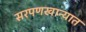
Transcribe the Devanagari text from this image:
सरपणखान्यात